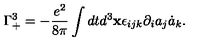
\Gamma _ { + } ^ { 3 } = - \frac { e ^ { 2 } } { 8 \pi } \int d t d ^ { 3 } { \bf x } \epsilon _ { i j k } \partial _ { i } a _ { j } \dot { a } _ { k } .